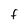
Character: F